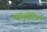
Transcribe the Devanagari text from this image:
मॉनुमेंटेल